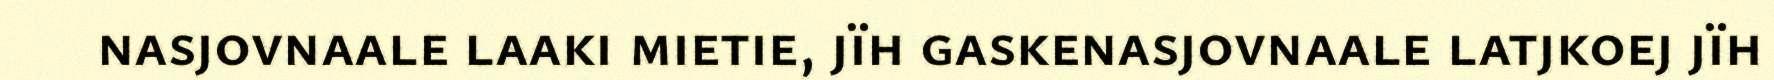
nasjovnaale laaki mietie, jïh gaskenasjovnaale latjkoej jïh